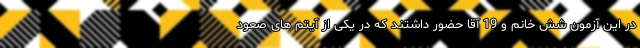
در این آزمون شش خانم و 19 آقا حضور داشتند که در یکی از آیتم های صعود